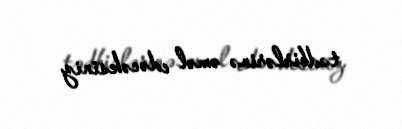
tədbirlərinə əməl edəcəksiniz.